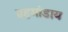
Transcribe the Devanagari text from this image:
ब्रहमांडाय